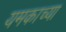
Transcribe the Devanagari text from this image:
यमकाच्या